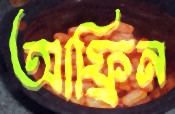
আফ্রিন